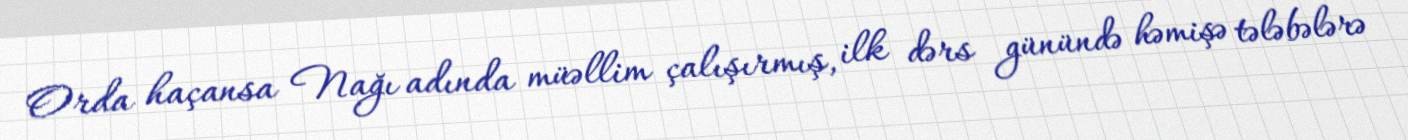
Orda haçansa Nağı adında müəllim çalışırmış, ilk dərs günündə həmişə tələbələrə